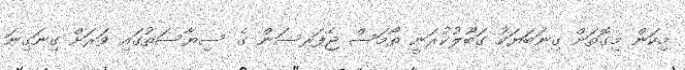
މިކަން މިގޮތަށް ގިނަބަޔަކު ގަބޫލުކުރަނީ ތޯމަސް ޖެފަރސަން ގެ ސިޔާސަތުގައި ވަރަށް ގިނަގިނަ